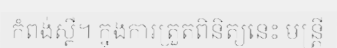
កំពង់ស្ពឺ។ ក្នុងការត្រួតពិនិត្យនេះ មន្ត្រី